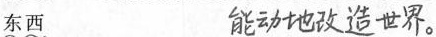
东西 ##能动地改造世界。##